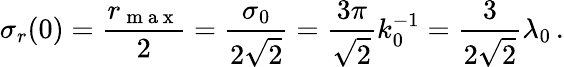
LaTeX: \sigma_{r}(0)=\frac{r_{\mathrm{~m~a~x~}}}{2}=\frac{\sigma_{0}}{2\sqrt{2}}=\frac{3\pi}{\sqrt{2}}k_{0}^{-1}=\frac{3}{2\sqrt{2}}\lambda_{0}\, .